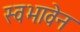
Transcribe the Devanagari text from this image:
स्वभावेन